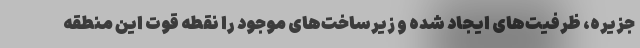
جزیره، ظرفیت‌های ایجاد شده و زیرساخت‌های موجود را نقطه قوت این منطقه